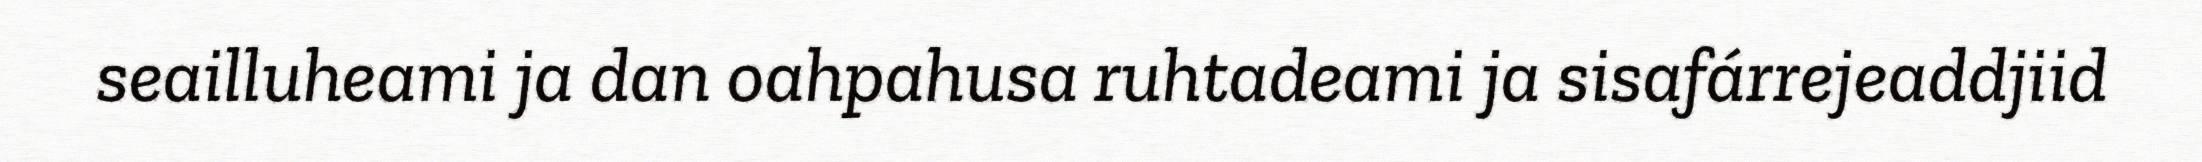
seailluheami ja dan oahpahusa ruhtadeami ja sisafárrejeaddjiid